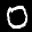
Label: 0